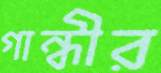
গান্ধীর